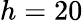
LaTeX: h=20